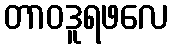
တာဝဒူရဖလေ